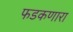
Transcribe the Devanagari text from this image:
फडकणारा